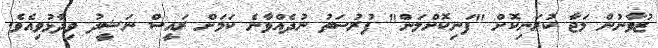
ޒުވާނުން މަޖާ ކުރަނިކޮށް "ފަނިކޮށްލަން" ފުރުސަތު ނުދެއްވާނެ ކަމަށް ރައީސް ނަޝީދު ވިދާޅުވިއެވެ.